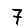
Digit: 7